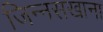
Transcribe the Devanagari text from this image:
जिन्नसखाना